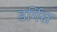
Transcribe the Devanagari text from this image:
डर्गिस